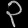
Digit: ၃